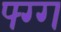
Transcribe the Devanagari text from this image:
फ्ग्ग